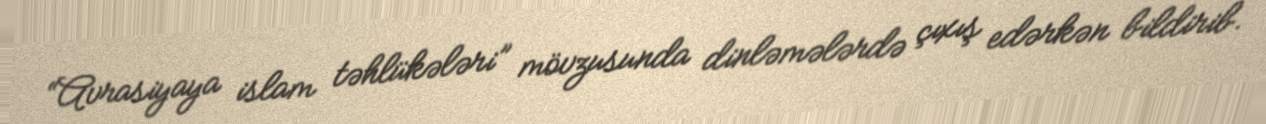
“Avrasiyaya islam təhlükələri” mövzusunda dinləmələrdə çıxış edərkən bildirib.